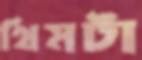
থিমটা